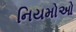
નિયમોઓ